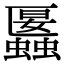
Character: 𧓱